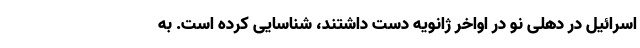
اسرائیل در دهلی نو در اواخر ژانویه دست داشتند، شناسایی کرده است. به